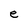
Character: e